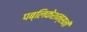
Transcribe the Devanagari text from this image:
पब्लिकेशन्सनी